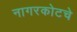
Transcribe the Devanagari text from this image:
नागरकोटचे